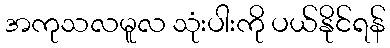
အကုသလမူလ သုံးပါးကို ပယ်နိုင်ရန်